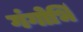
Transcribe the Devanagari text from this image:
गंगोर्भि